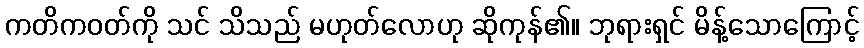
ကတိကဝတ်ကို သင် သိသည် မဟုတ်လောဟု ဆိုကုန်၏။ ဘုရားရှင် မိန့်သောကြောင့်